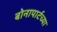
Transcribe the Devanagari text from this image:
बोनापार्टच्या